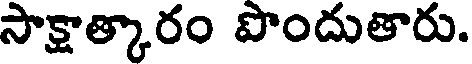
సాక్షాత్కారం పొందుతారు.